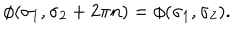
LaTeX: \phi ( \sigma _ { 1 } , \sigma _ { 2 } + 2 \pi n ) = \phi ( \sigma _ { 1 } , \sigma _ { 2 } ) .